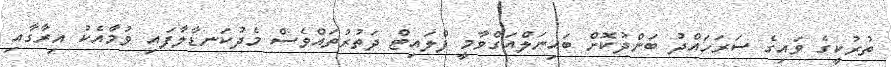
ތުރުކީގެ ވައިގެ ސަރަހައްދު ބަންދުކޮށް ބައިނަލްއަގްވާމީ ފްލައިޓް ދަތުރުތައްވެސް މެދުކަނޑާލާފައި ވުމާއެކު އިރާގާއި